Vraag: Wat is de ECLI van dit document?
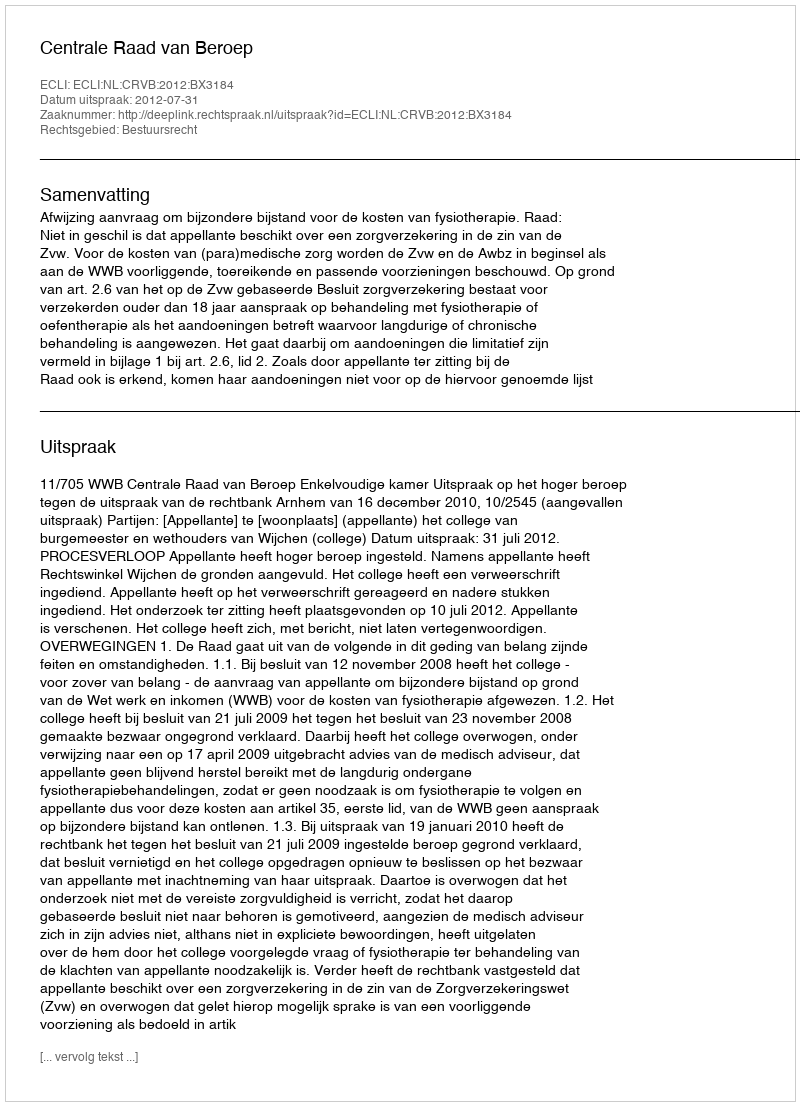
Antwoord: ECLI:NL:CRVB:2012:BX3184